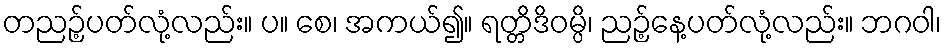
တညဉ့်ပတ်လုံ့လည်း။ ပ။ စေ၊ အကယ်၍။ ရတ္တိဒိဝမ္ပိ၊ ညဉ့်နေ့ပတ်လုံ့လည်း။ ဘဂဝါ၊